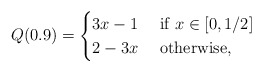
\begin{align*}Q(0.9) = \begin{cases}3x -1 & \mbox{ if } x\in [0,1/2]\\2-3x & \mbox{ otherwise},\end{cases}\end{align*}